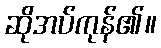
ဆိုအပ်ကုန်၏။